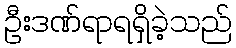
ဦးဒဏ်ရာရရှိခဲ့သည်